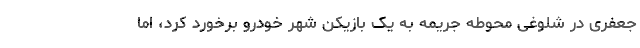
جعفری در شلوغی محوطه جریمه به یک بازیکن شهر خودرو برخورد کرد، اما